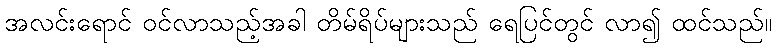
အလင်းရောင် ဝင်လာသည့်အခါ တိမ်ရိပ်များသည် ရေပြင်တွင် လာ၍ ထင်သည်။